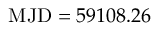
\mathrm { M J D } = 5 9 1 0 8 . 2 6